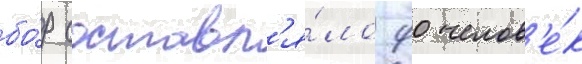
бо́р составл'я́ло 90 челов'е́к